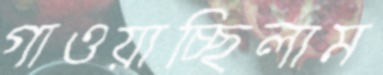
গাওয়াচ্ছিলাম